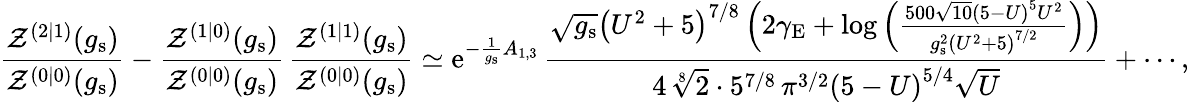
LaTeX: \frac{\mathcal{Z}^{(2|1)}(g_{\mathrm{s}})}{\mathcal{Z}^{(0|0)}(g_{\mathrm{s}})}-\frac{\mathcal{Z}^{(1|0)}(g_{\mathrm{s}})}{\mathcal{Z}^{(0|0)}(g_{\mathrm{s}})}\, \frac{\mathcal{Z}^{(1|1)}(g_{\mathrm{s}})}{\mathcal{Z}^{(0|0)}(g_{\mathrm{s}})}\simeq{\mathrm{e}}^{-\frac{1}{g_{\mathrm{s}}}A_{1,3}}\, \frac{\sqrt{g_{\mathrm{s}}}\left(U^{2}+5\right)^{7/8}\left(2\gamma_{\mathrm{E}}+\log\left(\frac{500\sqrt{10}\left(5-U\right)^{5}U^{2}}{g_{\mathrm{s}}^{2}\left(U^{2}+5\right)^{7/2}}\right)\right)}{4\, \sqrt[8]{2}\cdot 5^{7/8}\, \pi^{3/2}\left(5-U\right)^{5/4}\sqrt{U}}+\cdots,